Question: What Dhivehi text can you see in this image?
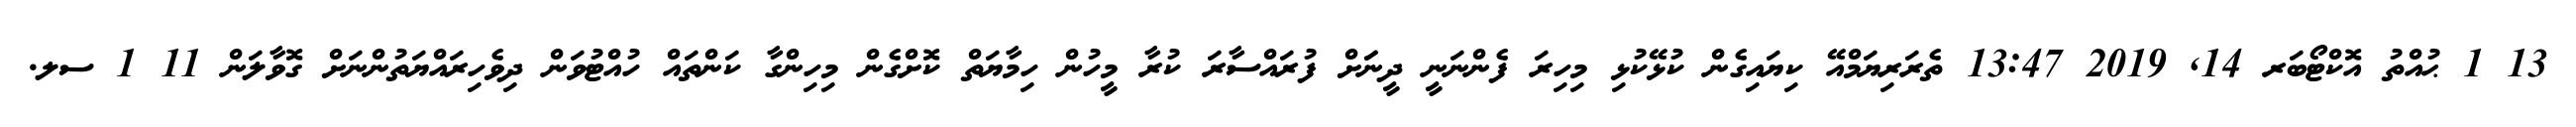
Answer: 13 1 ޙުއްތު އޮކްޓޯބަރ 14, 2019 13:47 ތެރަރިޔަމްއޭ ކިޔައިގެން ކުޅޭކުޅި މިހިރަ ފެންނަނީ ދީނަަށް ފުރައްސާރަ ކުރާ މީހުން ހިމާޔަތް ކޮށްގެން މިހިންގާ ކަންތައް ހުއްޓުވަން ދިވެހިރައްޔަތުންނަށް ގޮވާލަން 11 1 ސލ.